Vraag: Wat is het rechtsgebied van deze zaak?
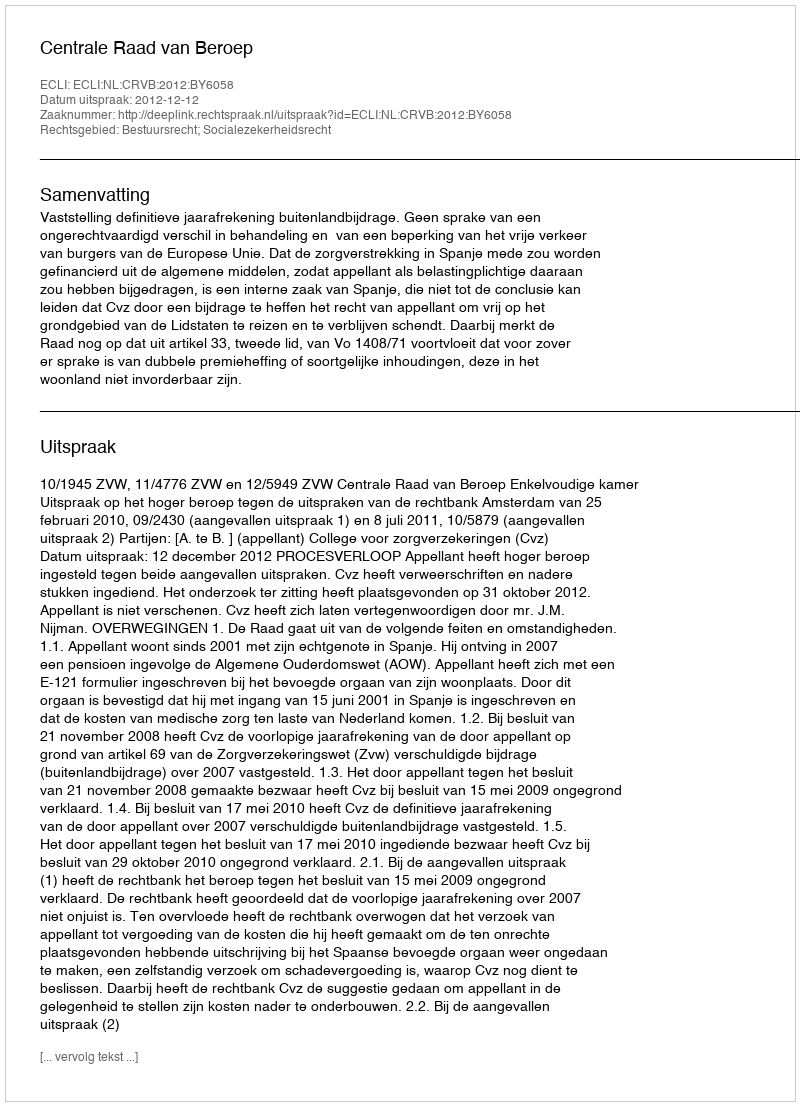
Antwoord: Bestuursrecht; Socialezekerheidsrecht